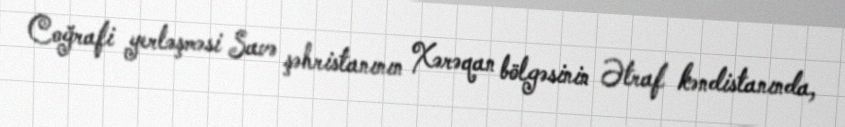
Coğrafi yerləşməsi Savə şəhristanının Xərəqan bölgəsinin Ətraf kəndistanında,